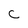
Character: C